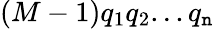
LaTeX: (M-1)q_{1}q_{2}...q_{\mathtt{n}}